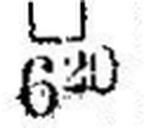
□ 620